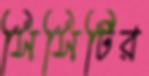
সিসিটির